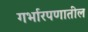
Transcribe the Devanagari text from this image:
गर्भारपणातील